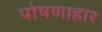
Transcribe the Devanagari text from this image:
पोषणाहार